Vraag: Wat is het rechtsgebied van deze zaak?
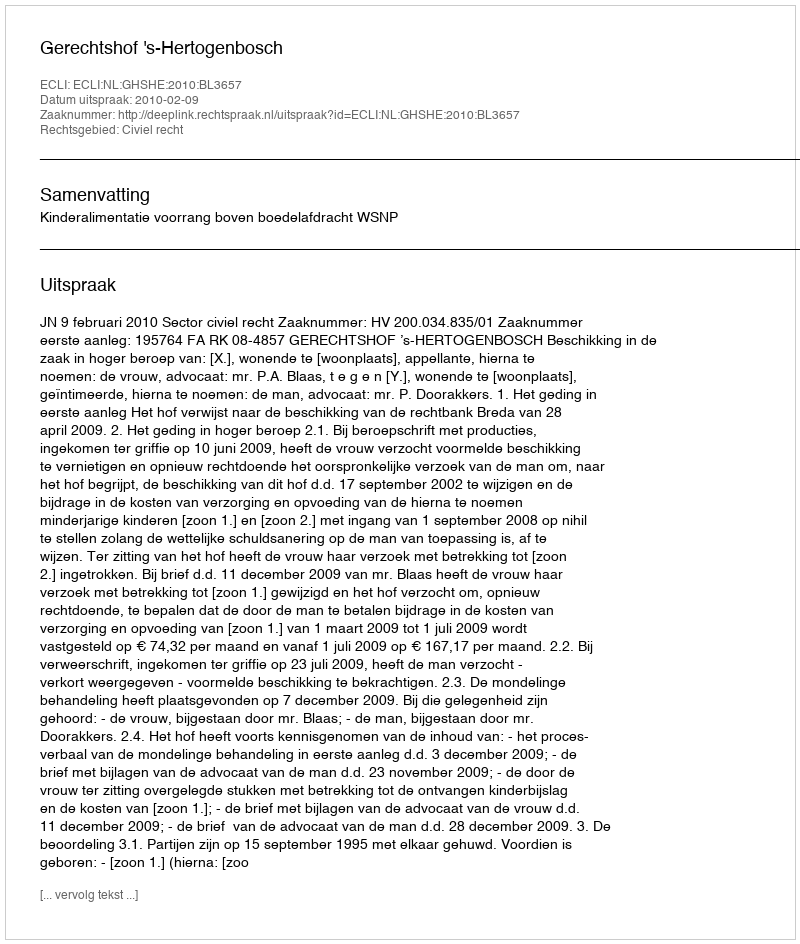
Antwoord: Civiel recht